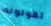
تقولونه